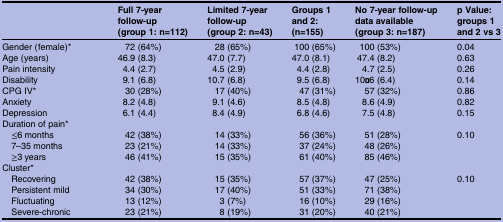
<table><thead><tr><td></td><td><b>Full 7-year follow-up (group 1: n=112)</b></td><td><b>Limited 7-year follow-up (group 2: n=43)</b></td><td><b>Groups 1 and 2: (n=155)</b></td><td><b>No 7-year follow-up data available (group 3: n=187)</b></td><td><b>p Value: groups 1 and 2 vs 3</b></td></tr></thead><tbody><tr><td>Gender (female)*</td><td>72 (64%)</td><td>28 (65%)</td><td>100 (65%)</td><td>100 (53%)</td><td>0.04</td></tr><tr><td>Age (years)</td><td>46.9 (8.3)</td><td>47.0 (7.7)</td><td>47.0 (8.1)</td><td>47.4 (8.2)</td><td>0.63</td></tr><tr><td>Pain intensity</td><td>4.4 (2.7)</td><td>4.5 (2.9)</td><td>4.4 (2.8)</td><td>4.7 (2.5)</td><td>0.26</td></tr><tr><td>Disability</td><td>9.1 (6.8)</td><td>10.7 (6.8)</td><td>9.5 (6.8)</td><td>10·6 (6.4)</td><td>0.14</td></tr><tr><td>CPG IV*</td><td>30 (28%)</td><td>17 (40%)</td><td>47 (31%)</td><td>57 (32%)</td><td>0.86</td></tr><tr><td>Anxiety</td><td>8.2 (4.8)</td><td>9.1 (4.6)</td><td>8.5 (4.8)</td><td>8.6 (4.9)</td><td>0.82</td></tr><tr><td>Depression</td><td>6.1 (4.4)</td><td>8.4 (4.9)</td><td>6.8 (4.6)</td><td>7.5 (4.8)</td><td>0.15</td></tr><tr><td colspan="6">Duration of pain*</td></tr><tr><td> ≤6 months</td><td>42 (38%)</td><td>14 (33%)</td><td>56 (36%)</td><td>51 (28%)</td><td>0.10</td></tr><tr><td> 7–35 months</td><td>23 (21%)</td><td>14 (33%)</td><td>37 (24%)</td><td>48 (26%)</td><td> </td></tr><tr><td> ≥3 years</td><td>46 (41%)</td><td>15 (35%)</td><td>61 (40%)</td><td>85 (46%)</td><td> </td></tr><tr><td colspan="6">Cluster*</td></tr><tr><td> Recovering</td><td>42 (38%)</td><td>15 (35%)</td><td>57 (37%)</td><td>47 (25%)</td><td>0.10</td></tr><tr><td> Persistent mild</td><td>34 (30%)</td><td>17 (40%)</td><td>51 (33%)</td><td>71 (38%)</td><td> </td></tr><tr><td> Fluctuating</td><td>13 (12%)</td><td>3 (7%)</td><td>16 (10%)</td><td>29 (16%)</td><td> </td></tr><tr><td> Severe-chronic</td><td>23 (21%)</td><td>8 (19%)</td><td>31 (20%)</td><td>40 (21%)</td><td> </td></tr></tbody></table>